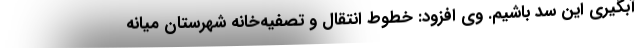
آبگیری این سد باشیم. وی افزود: خطوط انتقال و تصفیه‌خانه شهرستان میانه